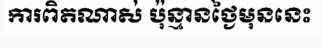
ការពិតណាស់ ប៉ុន្មានថ្ងៃមុននេះ